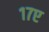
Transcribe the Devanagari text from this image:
१७ए